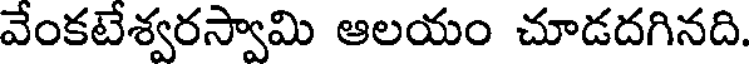
వేంకటేశ్వరస్వామి ఆలయం చూడదగినది.